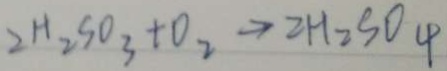
2 H _ { 2 } S O _ { 3 } + O _ { 2 } \rightarrow 2 H _ { 2 } S O _ { 4 }